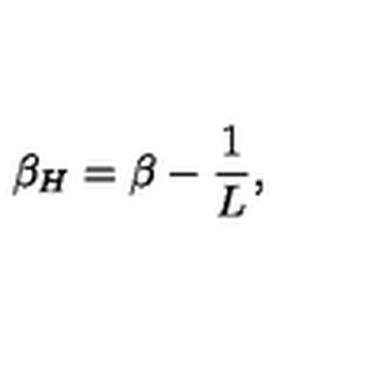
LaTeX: \beta _ { H } = \beta - { \frac { 1 } { L } } ,